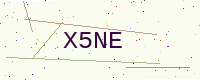
Text: X5NE